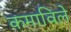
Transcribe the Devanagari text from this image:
कमाविले